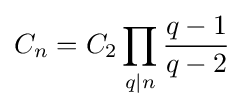
C_{n}=C_{2}\prod _{q|n}{\frac {q-1}{q-2}}